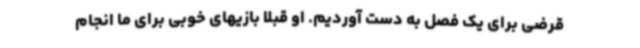
قرضی برای یک فصل به دست آوردیم. او قبلا بازیهای خوبی برای ما انجام